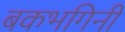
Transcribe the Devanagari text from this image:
बकभगिनी